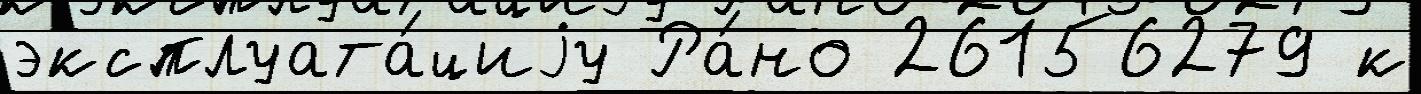
эксплуата́циjу Ра́но 26156279 к